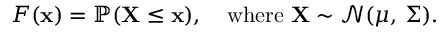
F ( \mathbf { x } ) = \mathbb { P } ( \mathbf { X } \leq \mathbf { x } ) , \quad { \mathrm { w h e r e ~ } } \mathbf { X } \sim { \mathcal { N } } ( { \boldsymbol { \mu } } , \, { \boldsymbol { \Sigma } } ) .